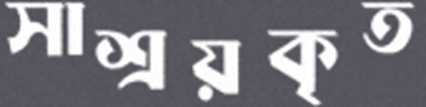
সাশ্রয়কৃত